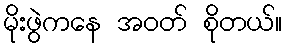
မိုးဖွဲကနေ အဝတ် စိုတယ်။